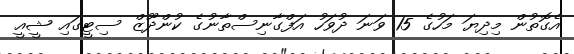
އެގޮތުން މިދިޔަ މަހުގެ 15 ވަނަ ދުވަހު އަފްގާނިސްތާނުގެ ކުންދޫޒް ސިޓީގައި ޝީއީ